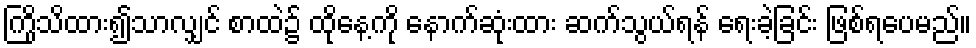
ကြိုသိထား၍သာလျှင် စာထဲ၌ ထိုနေ့ကို နောက်ဆုံးထား ဆက်သွယ်ရန် ရေးခဲ့ခြင်း ဖြစ်ရပေမည်။